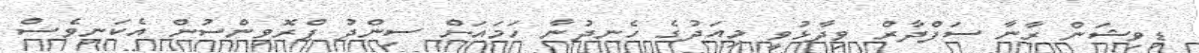
ޑިވިޝަން ރާނާ ސަފްދާރް ވިދާޅުވީ މިއަދުގެ ހެނދުނާ ހަމައަށް ސިންދު ޕްރޮވިންސުން އެކަނިވެސް